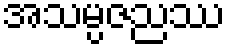
အသမ္ပဇညဿ